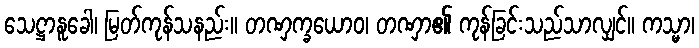
သေဋ္ဌာနူခေါ၊ မြတ်ကုန်သနည်း။ တဏှက္ခယောဝ၊ တဏှာ၏ ကုန်ခြင်းသည်သာလျှင်။ ကသ္မာ၊